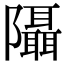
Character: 𨽦